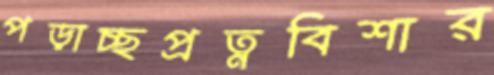
পড়াচ্ছপ্রত্নবিশার